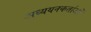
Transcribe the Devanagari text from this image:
अध्‍ययनकर्ताओं